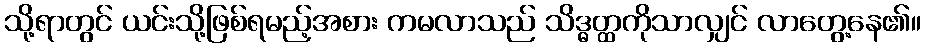
သို့ရာတွင် ယင်းသို့ဖြစ်ရမည့်အစား ကမလာသည် သိဒ္ဓတ္ထကိုသာလျှင် လာတွေ့နေ၏။